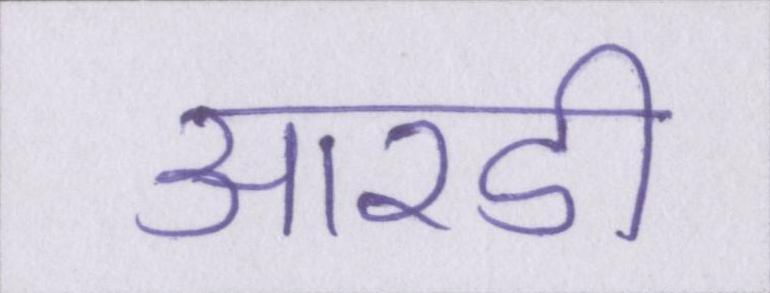
आरडी